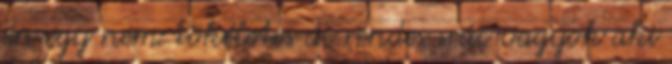
én egy nem tökéletes de rendes srác vagyok aki